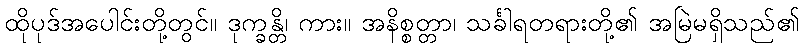
ထိုပုဒ်အပေါင်းတို့တွင်။ ဒုက္ခန္တိ၊ ကား။ အနိစ္စတ္တာ၊ သင်္ခါရတရားတို့၏ အမြဲမရှိသည်၏